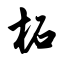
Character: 柘